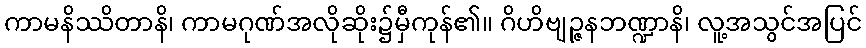
ကာမနိဿိတာနိ၊ ကာမဂုဏ်အလိုဆိုး၌မှီကုန်၏။ ဂိဟိဗျဉ္ဇနဘဏ္ဍာနိ၊ လူ့အသွင်အပြင်